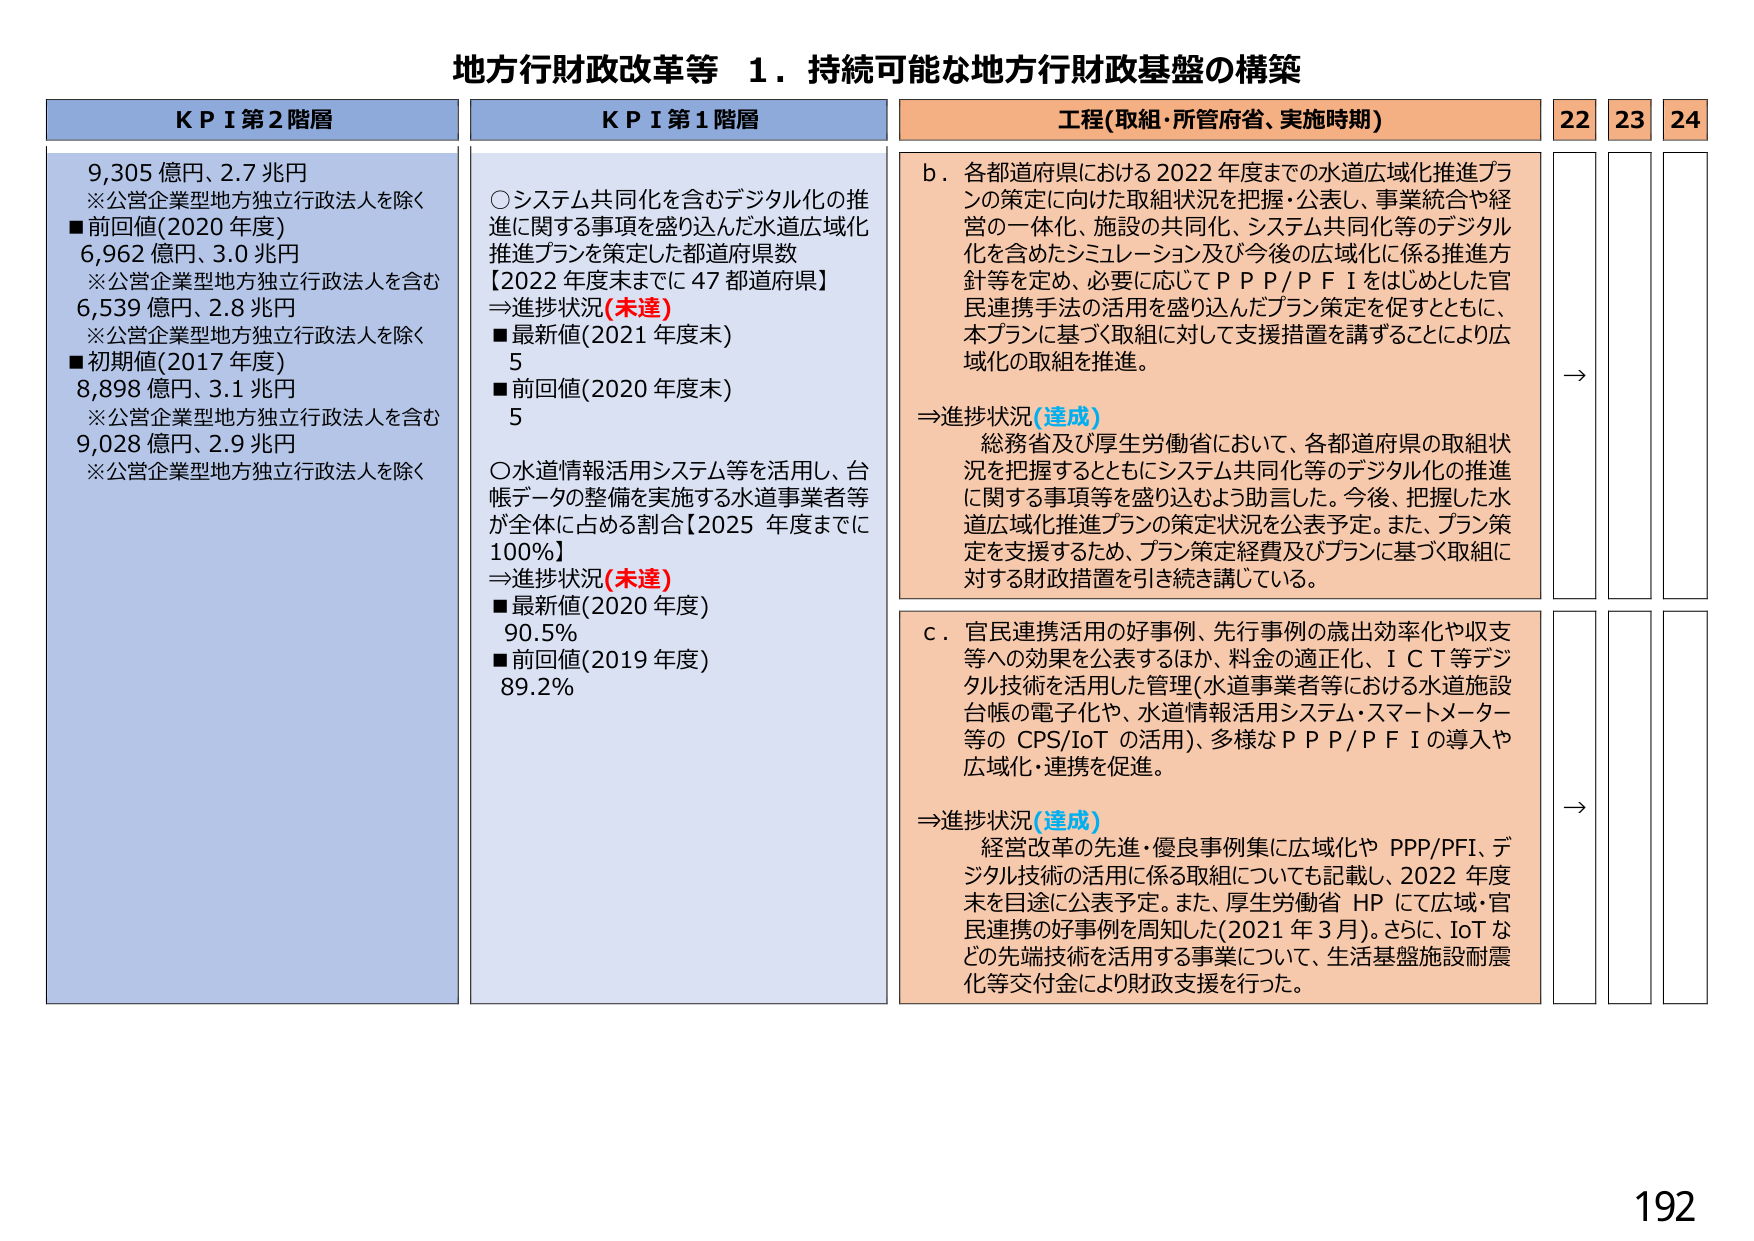
地方行財政改革等 1．持続可能な地方行財政基盤の構築

KPI 第2階層
9,305 億円、2.7 兆円
※公営企業型地方独立行政法人を除く
■前回値(2020 年度)
6,962 億円、3.0 兆円
※公営企業型地方独立行政法人を含む
6,539 億円、2.8 兆円
※公営企業型地方独立行政法人を除く
■初期値(2017 年度)
8,898 億円、3.1 兆円
※公営企業型地方独立行政法人を含む
9,028 億円、2.9 兆円
※公営企業型地方独立行政法人を除く

KPI 第1階層
○システム共同化を含むデジタル化の推進に関する事項を盛り込んだ水道広域化推進プランを策定した都道府県数
【2022 年度末までに 47 都道府県】
⇒進捗状況(未達)
■最新値(2021 年度末)
5
■前回値(2020 年度末)
5
○水道情報活用システム等を活用し、台帳データの整備を実施する水道事業者等が全体に占める割合【2025 年度までに 100%】
⇒進捗状況(未達)
■最新値(2020 年度)
90.5%
■前回値(2019 年度)
89.2%

工程(取組・所管府省、実施時期)
b．各都道府県における 2022 年度までの水道広域化推進プランの策定に向けた取組状況を把握・公表し、事業統合や経営の一体化、施設の共同化、システム共同化等のデジタル化を含めたシミュレーション及び今後の広域化に係る推進方針等を定め、必要に応じてＰＰＰ/ＰＦＩをはじめとした官民連携手法の活用を盛り込んだプラン策定を促すとともに、本プランに基づく取組に対して支援措置を講ずることにより広域化の取組を推進。
⇒進捗状況(達成)
総務省及び厚生労働省において、各都道府県の取組状況を把握するとともにシステム共同化等のデジタル化の推進に関する事項等を盛り込むよう助言した。今後、把握した水道広域化推進プランの策定状況を公表予定。また、プラン策定を支援するため、プラン策定経費及びプランに基づく取組に対する財政措置を引き続き講じている。

c．官民連携活用の好事例、先行事例の歳出効率化や収支等への効果を公表するほか、料金の適正化、ＩＣＴ等デジタル技術を活用した管理(水道事業者等における水道施設台帳の電子化や、水道情報活用システム・スマートメーター等の CPS/IoT の活用)、多様なＰＰＰ/ＰＦＩの導入や広域化・連携を促進。
⇒進捗状況(達成)
経営改革の先進・優良事例集に広域化や PPP/PFI、デジタル技術の活用に係る取組についても記載し、2022 年度末を目途に公表予定。また、厚生労働省 HP にて広域・官民連携の好事例を周知した(2021 年 3 月)。さらに、IoT などの先端技術を活用する事業について、生活基盤施設耐震化等交付金により財政支援を行った。

22 23 24
→
→

192